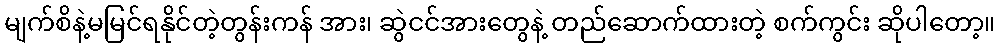
မျက်စိနဲ့မမြင်ရနိုင်တဲ့တွန်းကန် အား၊ ဆွဲငင်အားတွေနဲ့ တည်ဆောက်ထားတဲ့ စက်ကွင်း ဆိုပါတော့။